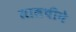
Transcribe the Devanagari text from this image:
लालचीने